Annual report on the working of the lock hospitals in the Central Provinces
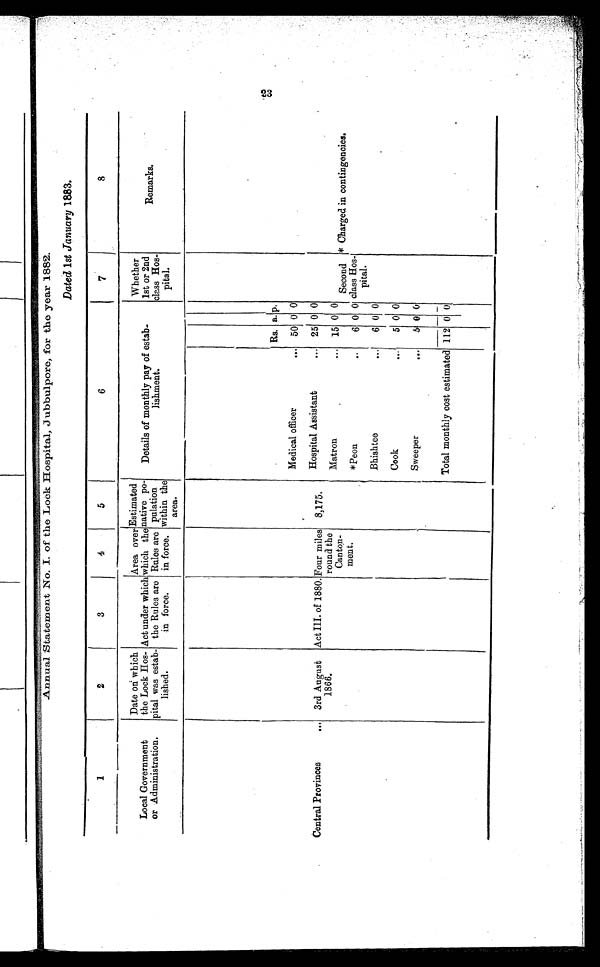
23
Annual Statement No. I. of the Lock Hospital, Jubbulpore, for the year 1882.
Dated 1st January 1883.
1
2
3
4
5
6
7
8
Local Government
or Administration
Date on which
the Lock Hos-
pital was estab-
lished.
Act under which
the Rules are
in force.
Area over
which the
Rules are
in force.
Estimated
native Po
- p u l a t i o n
within the
area.
Details of monthly pay of estab-
lishment.
Whether
1st or 2nd
class Hos-
Pital.
Remarks.
Rs. a. p.
Medical officer
... 50 0 0
Central Provinces
...
3rd August
1866.
Act III. of 1880. Four miles
round the
Canton-
ment.
8,175.
Hospital Assistant
... 25 0 0
Matron
...
15 0 0
Second
class Hos-
pital.
* Charged in contingencies.
*Peon
...
6 0 0
Bhishtee...
6 0 0
Cook
...
5 0 0
Sweeper
...
5 0 0
Total monthly cost estimated 112 0 0